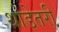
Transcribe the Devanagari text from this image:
थोडेतरी